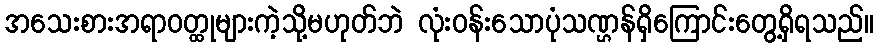
အသေးစားအရာဝတ္ထုများကဲ့သို့မဟုတ်ဘဲ လုံးဝန်းသောပုံသဏ္ဌန်ရှိကြောင်းတွေ့ရှိရသည်။